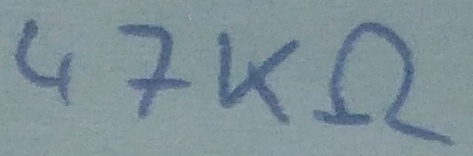
Text: 47KΩ